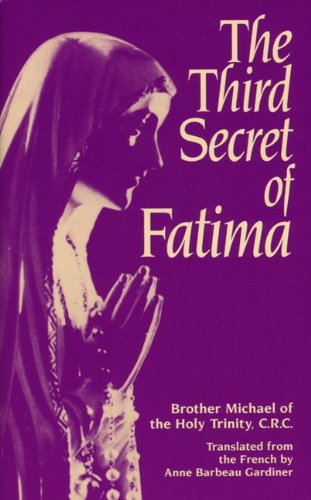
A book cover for The Third Secret of Fatima; Br. Michael; Christian Books & Bibles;